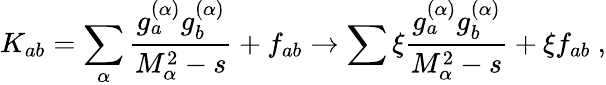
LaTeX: K_{ab}=\sum_{\alpha}\frac{g_{a}^{(\alpha)}g_{b}^{(\alpha)}}{M_{\alpha}^{2}-s}+f_{ab}\to\sum\xi\frac{g_{a}^{(\alpha)}g_{b}^{(\alpha)}}{M_{\alpha}^{2}-s}+\xi f_{ab}\ ,